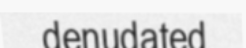
denudated